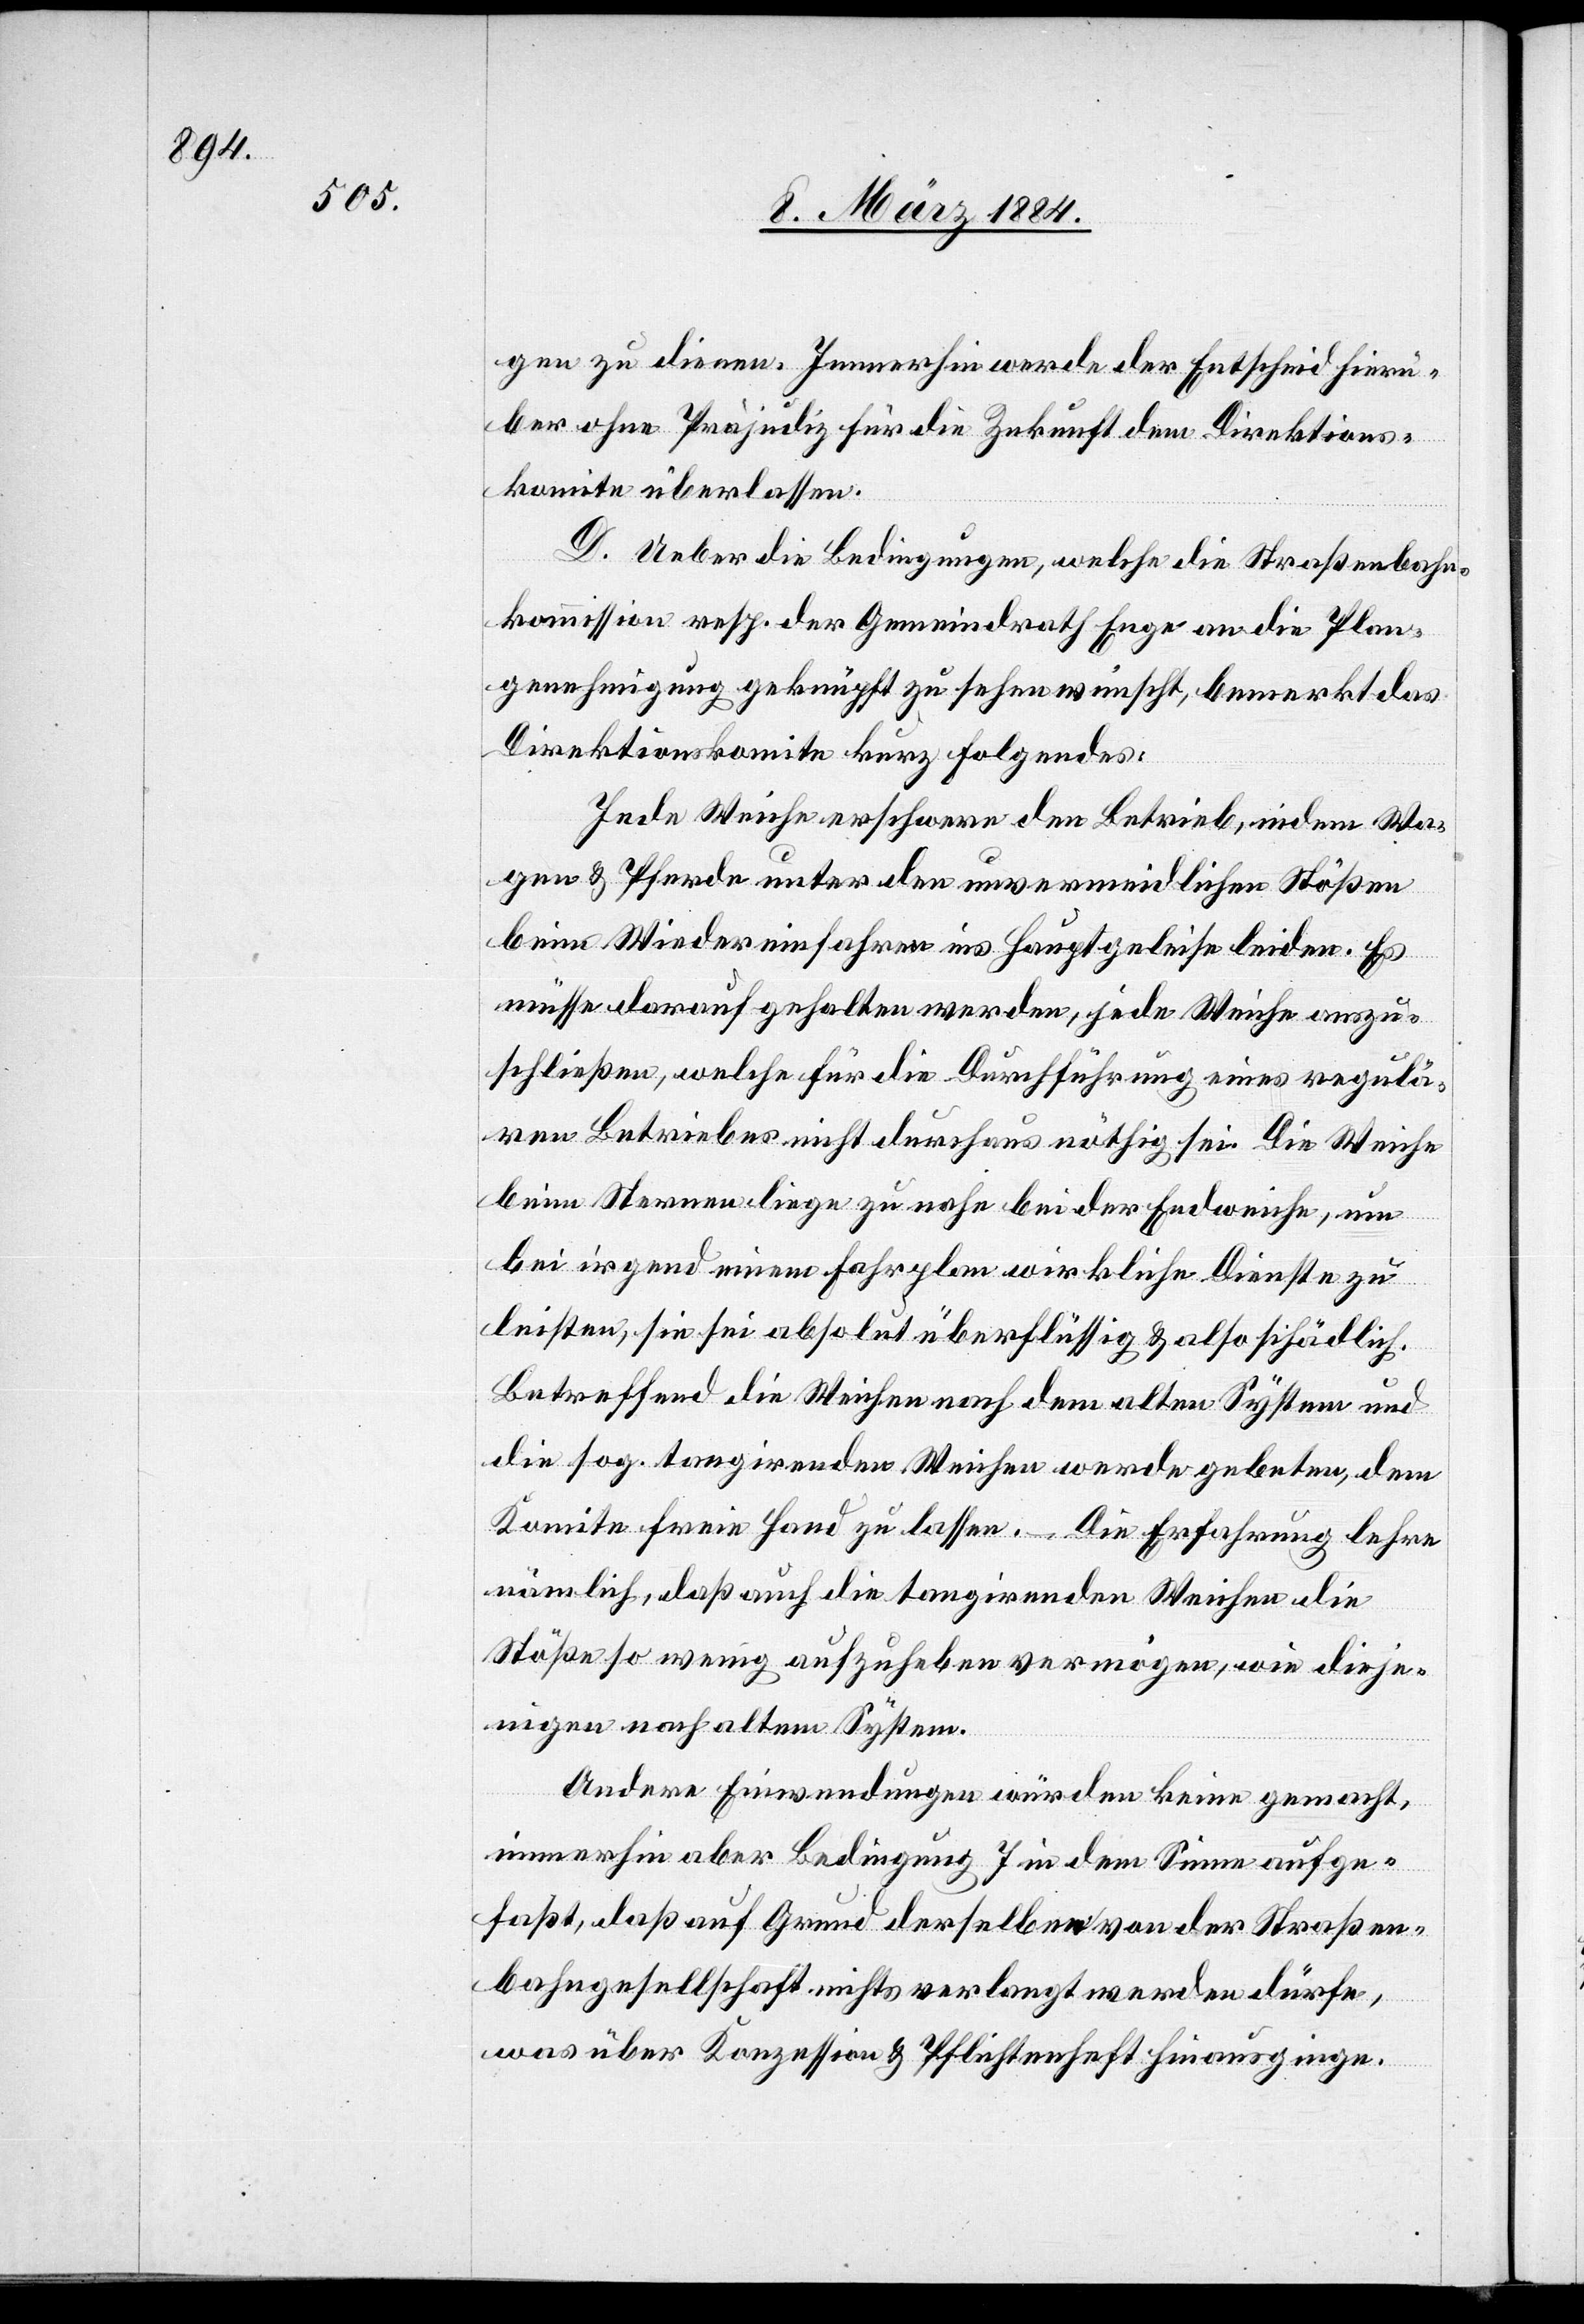
gen zu dienen. Immerhin werde der Entscheid hierü¬
ber ohne Präjudiz für die Zukunft dem Direktions¬
komite überlassen.
D. Ueber die Bedingungen, welche die Straßenbahn¬
kommission resp. der Gemeindrath Enge an die Plan¬
genehmigung geknüpft zu sehen wünscht, bemerkt das
Direktionskomite kurz Folgendes:
Jede Weiche erschwere den Betrieb, indem Wa¬
gen & Pferde unter den unvermeidlichen Stößen
beim Wiedereinfahren ins Hauptgeleise leiden. Es
müsse dafür gehalten werden, jede Weiche auszu¬
schließen, welche für die Durchführung eines regulä¬
ren Betriebes nicht durchaus nöthig sei. Die Weiche
beim Sternen liege zu nahe bei der Endweiche, um
bei irgend einem Fahrplan wirkliche Dienste zu
leisten, sie sei absolut überflüßig & also schädlich.
Betreffend die Weichen nach dem alten System und
die sog. tangirenden Weichen werde gebeten, dem
Komite freie Hand zu lassen. – Die Erfahrung lehre
nämlich, daß auch die tangirenden Weichen die
Stöße so wenig aufzuheben vermögen, wie dieje¬
nigen nach altem System.
Andere Einwendungen würden keine gemacht,
immerhin aber Bedingung 7 in dem Sinne aufge¬
faßt, daß auf Grund derselben von der Straßen¬
bahngesellschaft nichts verlangt werden dürfe,
was über Konzession & Pflichtenheft hinausginge.